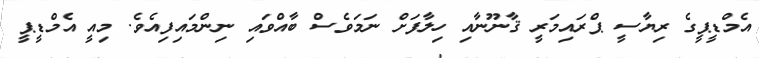
އެމްޑީޕީގެ ރިޔާސީ ޕްރައިމަރީ ޤާނޫނާއި ހިލާފަށް ނަމަވެސް ބާއްވައި ނިންމައިފިއެވެ. މިއީ އެމްޑީޕީ